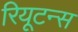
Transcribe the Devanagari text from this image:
रियूटन्स